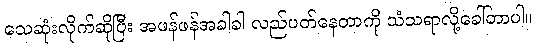
သေဆုံးလိုက်ဆိုပြီး အဖန်ဖန်အခါခါ လည်ပတ်နေတာကို သံသရာလို့ခေါ်တာပါ။